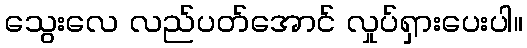
သွေးလေ လည်ပတ်အောင် လှုပ်ရှားပေးပါ။